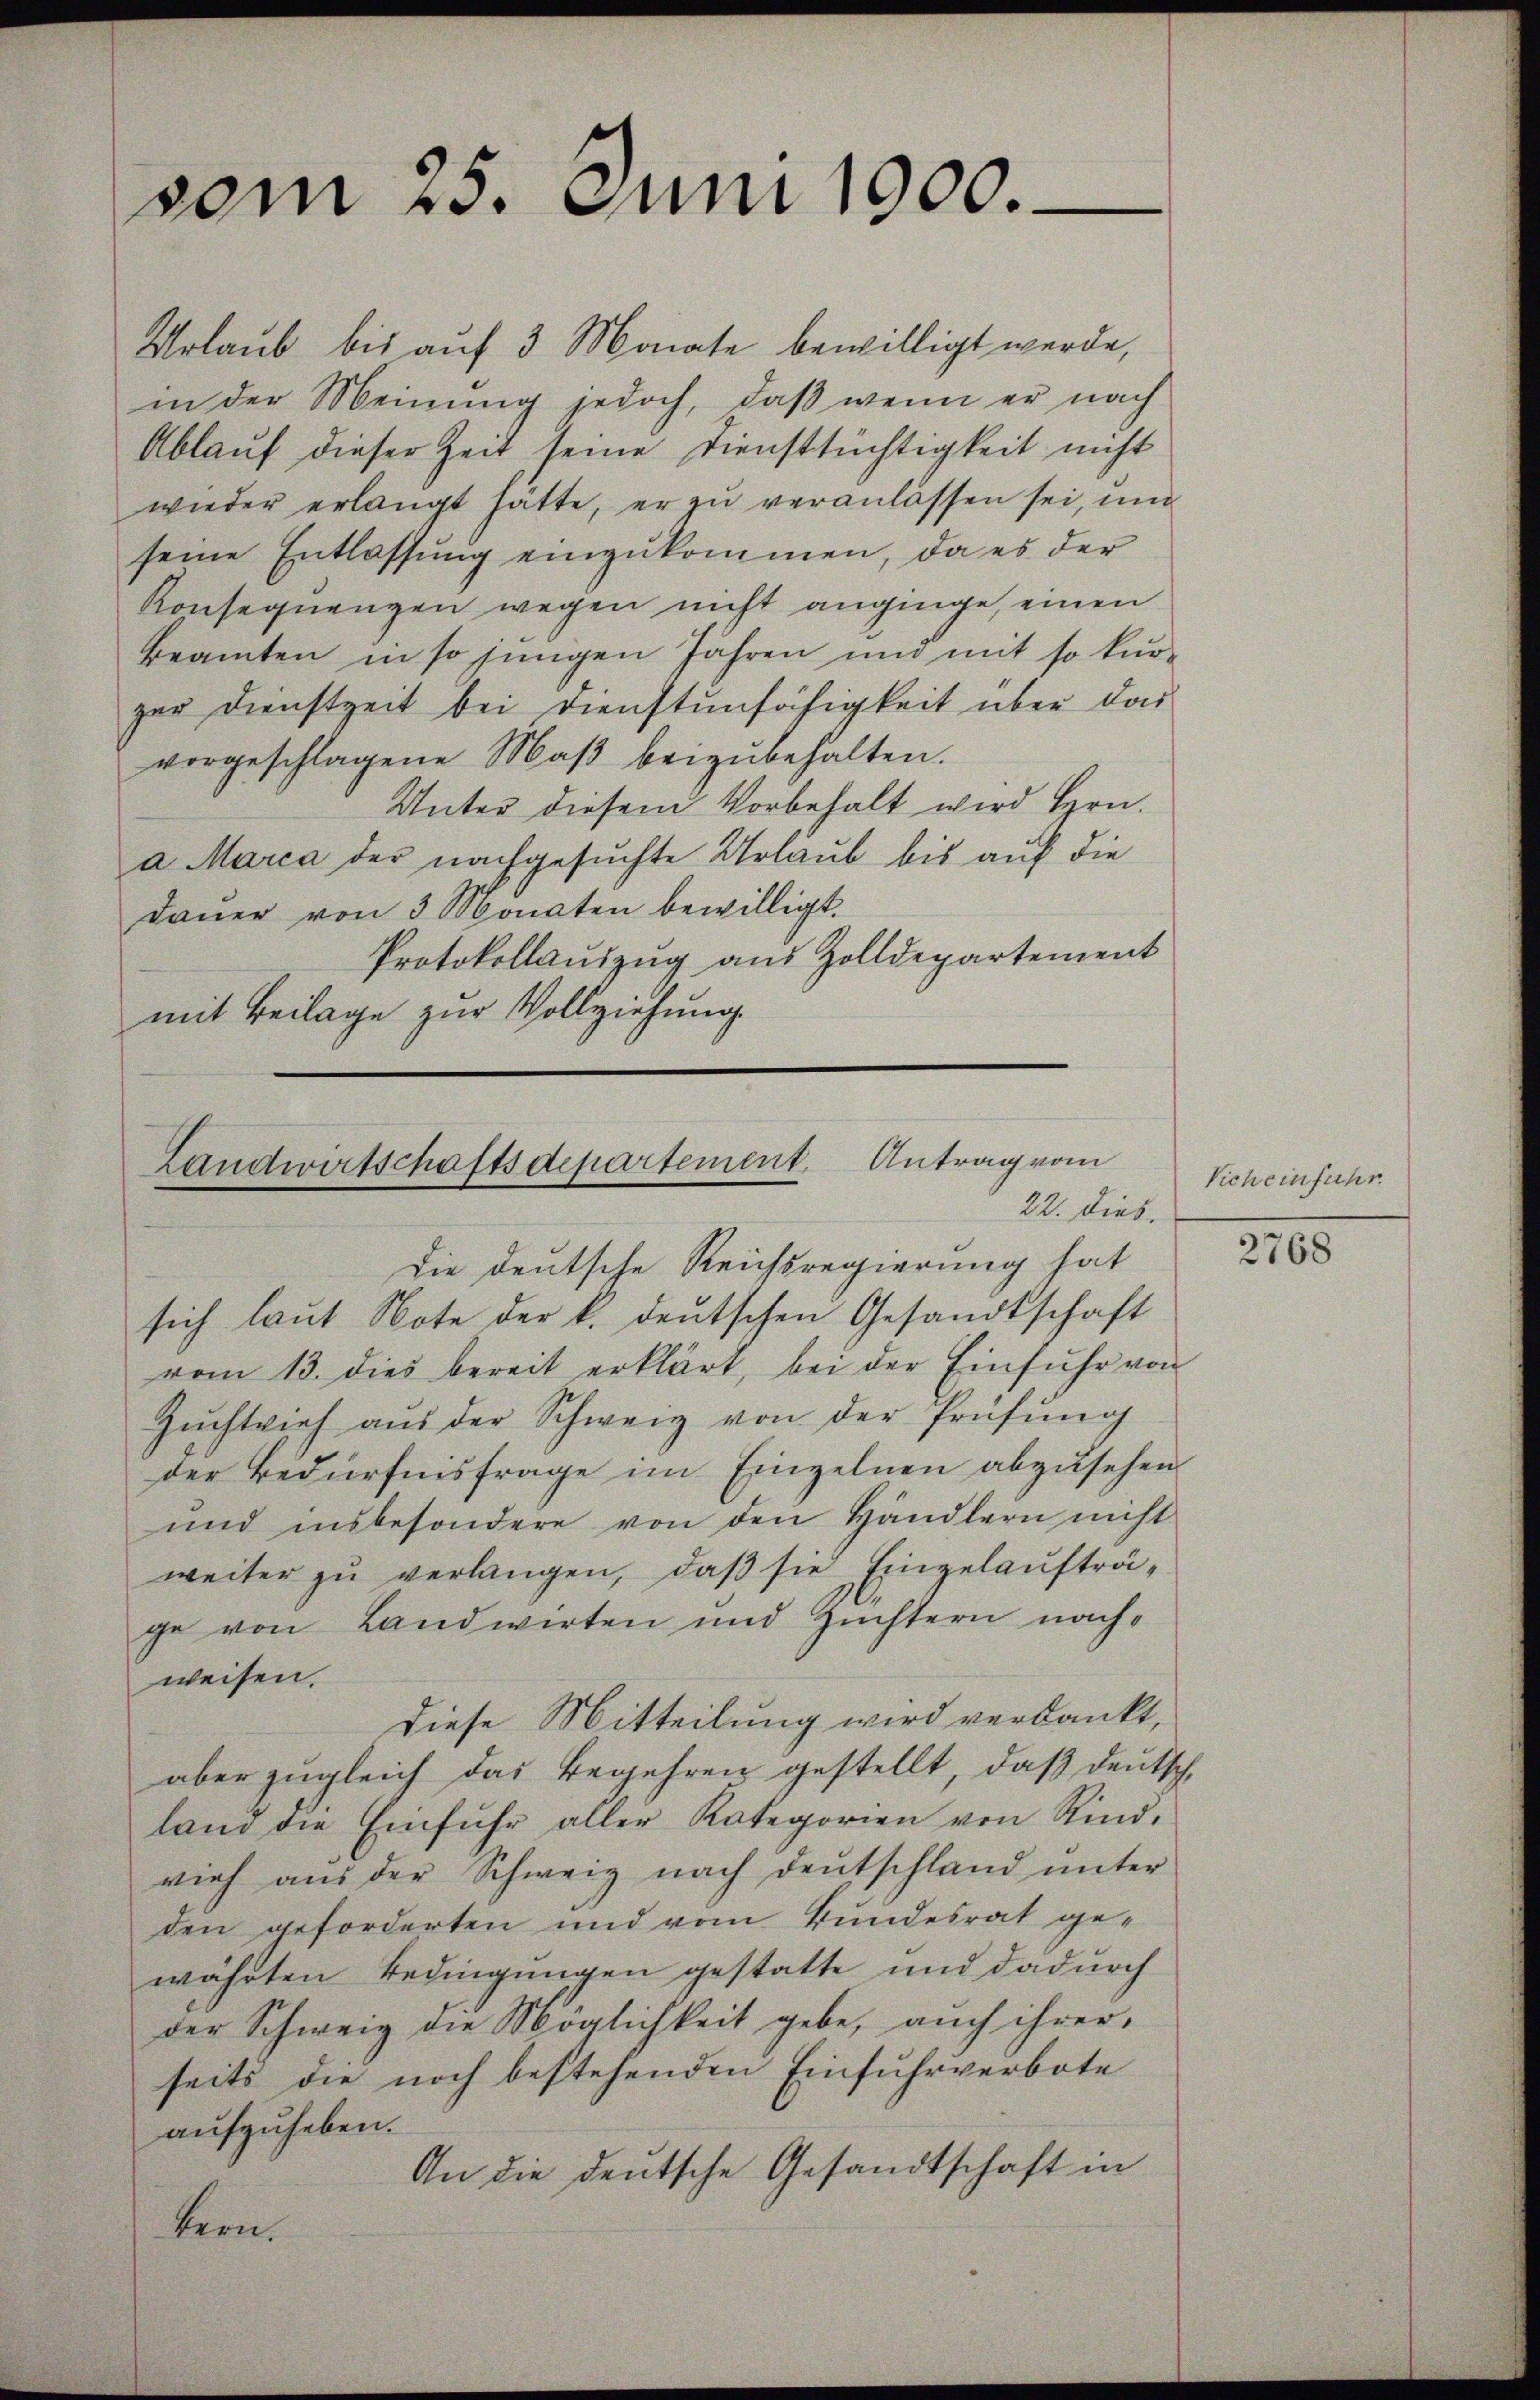
vom 25. Juni 1900.

Urlaub bis auf 3 Monate bewilligt werde,
in der Meinung jedoch, daß wenn er nach
Ablauf dieser Zeit seine Dienstsüchtigkeit nicht
wieder erlangt hätte, er zu veranlassen sei, und
seine Entlassung einzukommen, da es der
Konsequenzen wegen nicht anginge, einen
beamten in so jungen Jahren und mit so kurzur Dienstzeit bei Dienstunfähigkeit über das
vorgeschlagene Maß beizubehalten.
Unter diesem Vorbehalt wird Hrn.
a Marca der nachgesuchte Urlaub bis auf die
Dauer von 3 Monaten bewilligt.
Protokollauszug aus Zolldepartement
mit Beilage zur Vollziehung.

Landwirtschaftsdepartement. Antrag vom
22. dies.

die deutsche Reichsregierung hat
sich laŭt Note der k. deutschen Gesandtschaft
vom 13. dies bereit erklärt, bei der Einfuhr von
Zŭchtvieh aŭs der Schweiz von der Prüfŭng
der Bedürfnisfrage im Einzelnen abzusehen.
und insbesondere von den Händlern nicht
weiter zu verlangen, daß sie Einzelaufträge von Landwirten und Züchtern nachweisen.
Diese Mitteilung wird verdankt,
aber zugleich das Begehren gestellt, daß deutsch
land die Einfuhr aller Kategorien von Rindvieh aus der Schweiz nach deutschland unter
den geforderten und vom Bundesrat ge-
währten Bedingungen gestatte und dadurch
der Schweiz die Möglichkeit gebe, auch ihrer,
seits die noch bestehenden Einfuhrverbote
aufzuheben.
An die deutsche Gesandtschaft in
kern.

Vich einfuhr.

2768